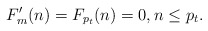
\begin{align*}F'_m(n) =F_{p_t}(n)=0, n \leq p_t.\end{align*}